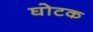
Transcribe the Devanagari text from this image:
घोटक